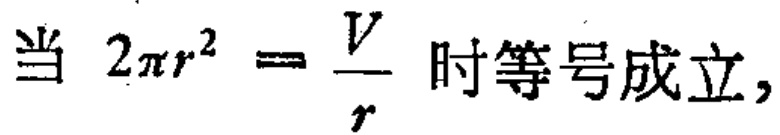
当 \(2\pi r^{2}=\frac{V}{r}\) 时等号成立，